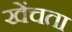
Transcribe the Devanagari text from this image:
खेंचता